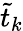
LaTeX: \tilde{t}_{k}